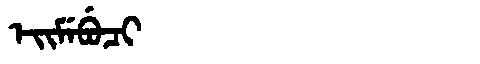
Manchu: ᡝᡳᠮᡝᠪᡠᠴᡳ
Romanization: EIMEBUCI